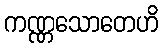
ကဏ္ဏသောတေဟိ